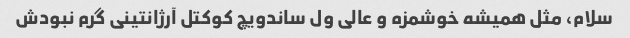
سلام، مثل همیشه خوشمزه و عالی ول ساندویچ کوکتل آرژانتینی گرم نبودش